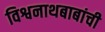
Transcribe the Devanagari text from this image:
विश्वनाथबाबांची